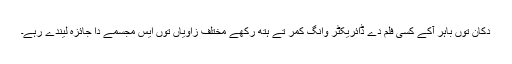
دُکان توں باہر آکے کسی فلم دے ڈائریکٹر وانگ کمر تے ہتھ رکھے مختلف زاویاں توں ایس مجسمے دا جائزہ لیندے رہے۔